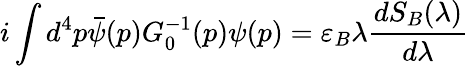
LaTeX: i\int d^{4}p\bar{\psi}(p)G_{0}^{-1}(p)\psi(p)=\varepsilon_{B}\lambda\frac{dS_{B}(\lambda)}{d\lambda}